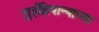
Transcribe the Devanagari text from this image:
लुईझियान्याच्या